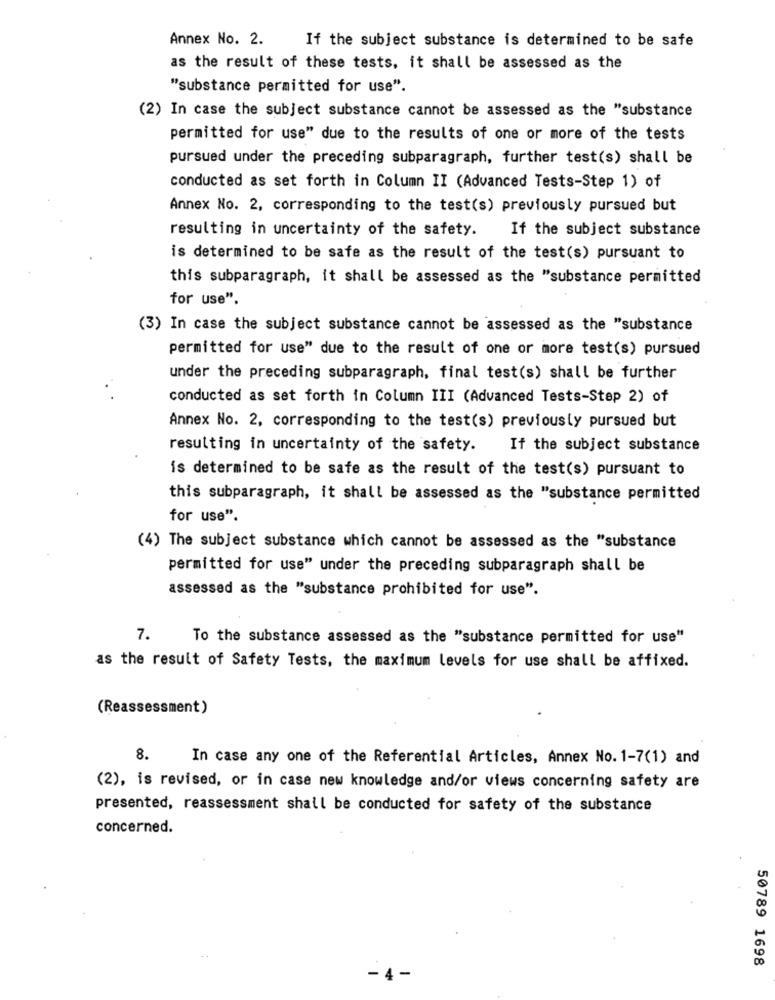
Annex No. 2.
If the subject substance is determined to be safe
as the result of these tests, it shall be assessed as the
"substance permitted for use".
(2) In case the subject substance cannot be assessed as the "substance
permitted for use" due to the results of one or more of the tests
pursued under the preceding subparagraph, further test(s) shall be
conducted as set forth in Column II (Advanced Tests-Step 1) of
Annex No. 2, corresponding to the test(s) previously pursued but
If the subject substance
resulting in uncertainty of the safety.
is determined to be safe as the result of the test(s) pursuant to
this subparagraph, it shall be assessed as the "substance permitted
for use"
(3) In case the subject substance cannot be assessed as the "substance
permitted for use" due to the result of one or more test(s) pursued
under the preceding subparagraph, final test(s) shall be further
conducted as set forth in Column III (Advanced Tests-Step 2) of
Annex No. 2, corresponding to the test(s) previously pursued but
resulting in uncertainty of the safety. If the subject substance
is determined to be safe as the result of the test(s) pursuant to
this subparagraph, it shall be assessed as the "substance permitted
for use".
(4) The subject substance which cannot be assessed as the "substance
permitted for use" under the preceding subparagraph shall be
assessed as the "substance prohibited for use".
7.
To the substance assessed as the "substance permitted for use"
as the result of Safety Tests, the maximum levels for use shall be affixed.
(Reassessment)
8.
In case any one of the Referential Articles, Annex No. 1-7(1) and
(2), is revised, or in case new knowledge and/or views concerning safety are
presented, reassessment shall be conducted for safety of the substance
concerned.
50789 1698
- 4.